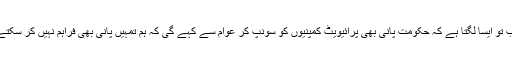
اب تو ایسا لگتا ہے کہ حکومت پانی بھی پرائیویٹ کمپنیوں کو سونپ کر عوام سے کہے گی کہ ہم تمہیں پانی بھی فراہم نہیں کر سکتے۔